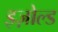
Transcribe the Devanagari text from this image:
इज़ोल्ड